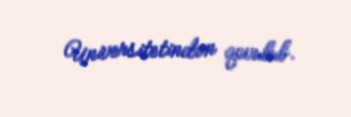
Universitetindən qovulub.